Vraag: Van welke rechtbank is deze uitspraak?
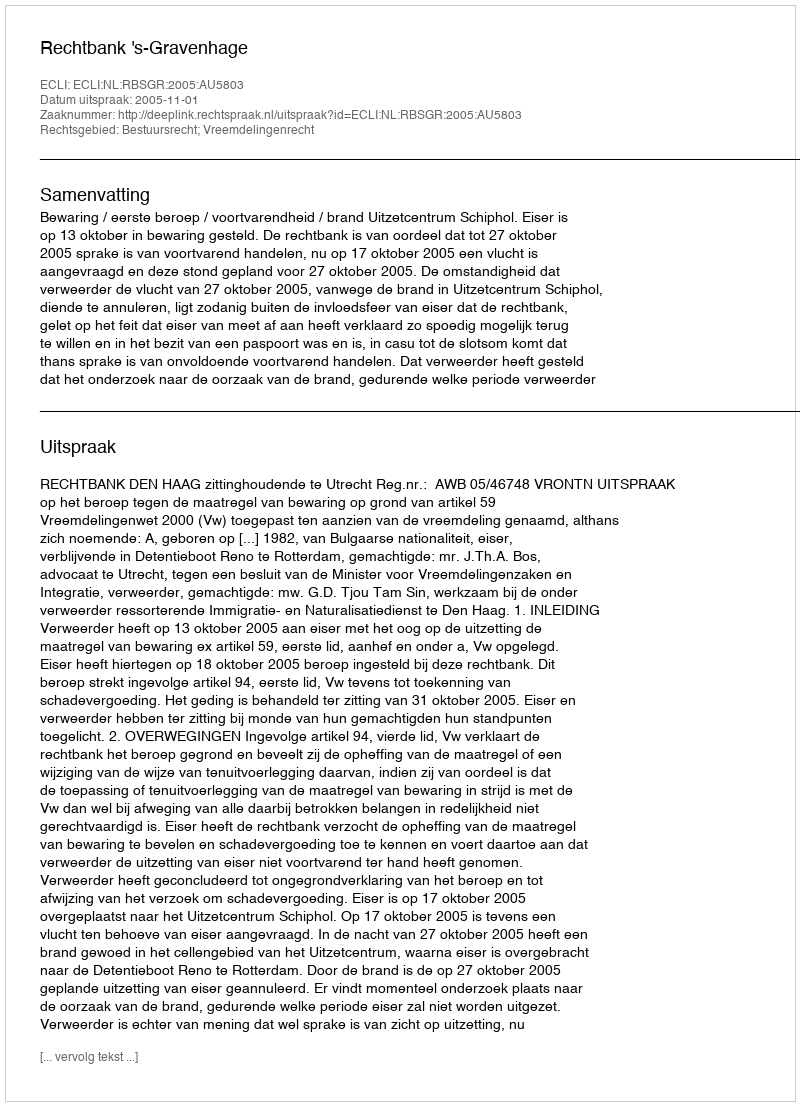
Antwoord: Rechtbank 's-Gravenhage